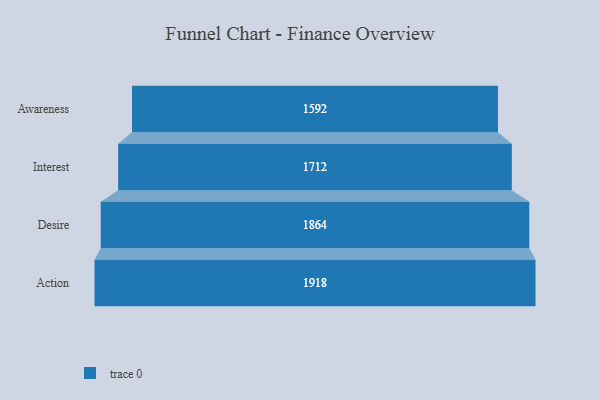
{"axis": {"x": "Stage", "y": "Value"}, "legend": [""], "data": [{"x": "Awareness", "y": 1592.0, "type": ""}, {"x": "Interest", "y": 1712.0, "type": ""}, {"x": "Desire", "y": 1864.0, "type": ""}, {"x": "Action", "y": 1918.0, "type": ""}]}